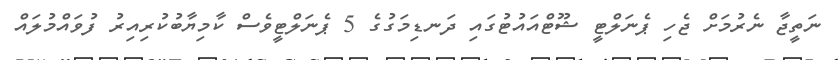
ނަތީޖާ ނެރުމަށް ޖެހި ޕެނަލްޓީ ޝޫޓްއައުޓުގައި ދަނޑިމަގުގެ 5 ޕެނަލްޓީވެސް ކާމިޔާބުކުރިއިރު ފުވައްމުލައް